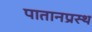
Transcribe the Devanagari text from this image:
पातानप्रस्थ